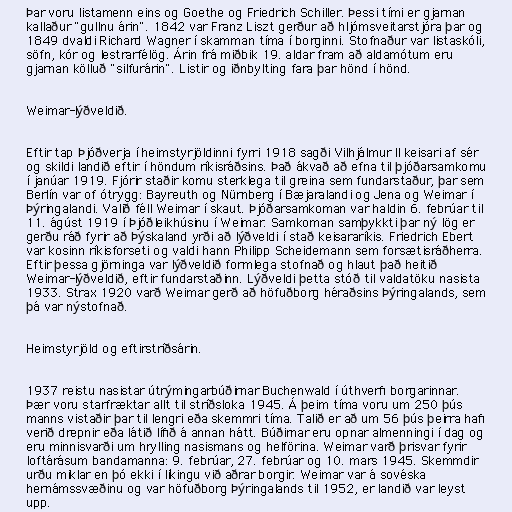
Þar voru listamenn eins og Goethe og Friedrich Schiller. Þessi tími er gjarnan
kallaður "gullnu árin". 1842 var Franz Liszt gerður að hljómsveitarstjóra þar og
1849 dvaldi Richard Wagner í skamman tíma í borginni. Stofnaður var listaskóli,
söfn, kór og lestrarfélög. Árin frá miðbik 19. aldar fram að aldamótum eru
gjarnan kölluð "silfurárin". Listir og iðnbylting fara þar hönd í hönd.

Weimar-lýðveldið.

Eftir tap Þjóðverja í heimstyrjöldinni fyrri 1918 sagði Vilhjálmur II keisari af sér
og skildi landið eftir í höndum ríkisráðsins. Það ákvað að efna til þjóðarsamkomu
í janúar 1919. Fjórir staðir komu sterklega til greina sem fundarstaður, þar sem
Berlín var of ótrygg: Bayreuth og Nürnberg í Bæjaralandi og Jena og Weimar í
Þýringalandi. Valið féll Weimar í skaut. Þjóðarsamkoman var haldin 6. febrúar til
11. ágúst 1919 í Þjóðleikhúsinu í Weimar. Samkoman samþykkti þar ný lög er
gerðu ráð fyrir að Þýskaland yrði að lýðveldi í stað keisararíkis. Friedrich Ebert
var kosinn ríkisforseti og valdi hann Philipp Scheidemann sem forsætisráðherra.
Eftir þessa gjörninga var lýðveldið formlega stofnað og hlaut það heitið
Weimar-lýðveldið, eftir fundarstaðinn. Lýðveldi þetta stóð til valdatöku nasista
1933. Strax 1920 varð Weimar gerð að höfuðborg héraðsins Þýringalands, sem
þá var nýstofnað.

Heimstyrjöld og eftirstríðsárin.

1937 reistu nasistar útrýmingarbúðirnar Buchenwald í úthverfi borgarinnar.
Þær voru starfræktar allt til stríðsloka 1945. Á þeim tíma voru um 250 þús
manns vistaðir þar til lengri eða skemmri tíma. Talið er að um 56 þús þeirra hafi
verið drepnir eða látið lífið á annan hátt. Búðirnar eru opnar almenningi í dag og
eru minnisvarði um hrylling nasismans og helförina. Weimar varð þrisvar fyrir
loftárásum bandamanna: 9. febrúar, 27. febrúar og 10. mars 1945. Skemmdir
urðu miklar en þó ekki í líkingu við aðrar borgir. Weimar var á sovéska
hernámssvæðinu og var höfuðborg Þýringalands til 1952, er landið var leyst
upp.